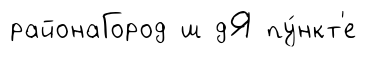
районаГород ш дЯ пу́нкт'е